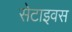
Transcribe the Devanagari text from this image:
सेटाइवस